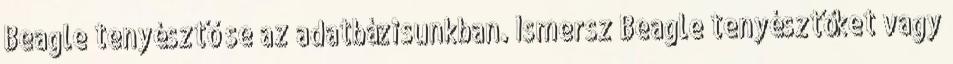
Beagle tenyésztő se az adatbázisunkban. Ismersz Beagle tenyésztőket vagy